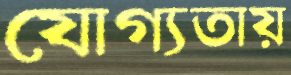
যোগ্যতায়